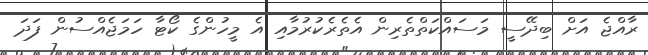
ރާއްޖެ އަށް ބިދޭސީ މަސައްކަތްތެރިން އެތެރެކުރުމާއި އެ މީހުންގެ ކޯޓާ ހަމަޖެއްސުން ފަދަ